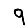
Digit: 9